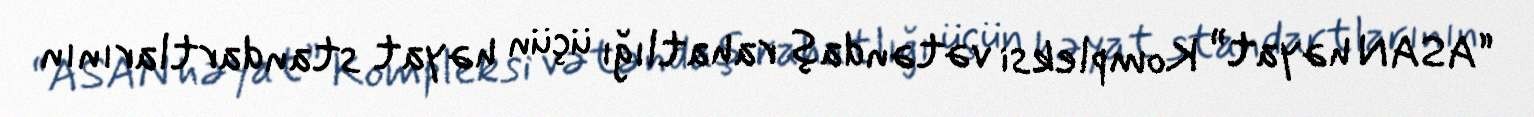
“ASAN həyat” Kompleksi vətəndaş rahatlığı üçün həyat standartlarının